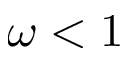
\omega < 1